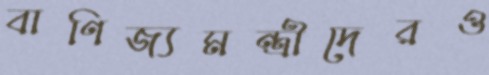
বাণিজ্যমন্ত্রীদেরও